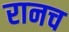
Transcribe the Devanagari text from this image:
रानच